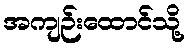
အကျဉ်းထောင်သို့